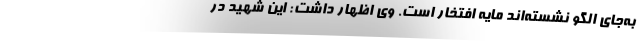
به‌جای الگو نشسته‌اند مایه افتخار است. وی اظهار داشت: این شهید در